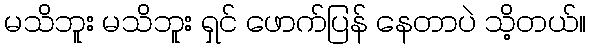
မသိဘူး မသိဘူး ရှင် ဖောက်ပြန် နေတာပဲ သိ့တယ်။